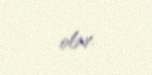
olar.